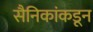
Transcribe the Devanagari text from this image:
सैनिकांकडून